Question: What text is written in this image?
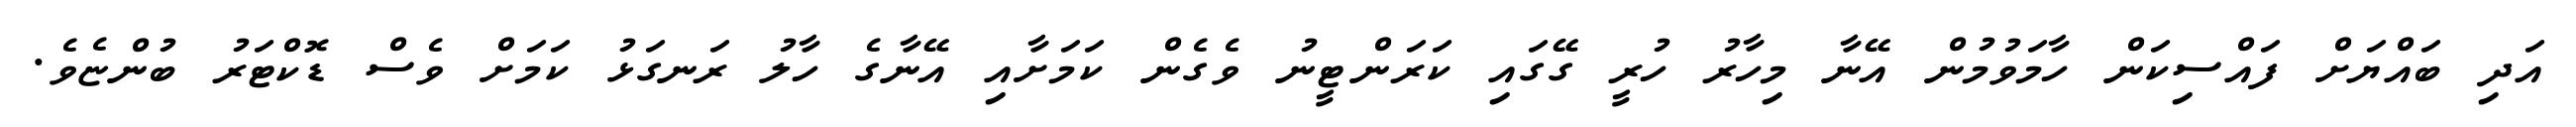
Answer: އަދި ބައްޔަށް ފައްސިކަން ހާމަވުމުން އޭނާ މިހާރު ހުރީ ގޭގައި ކަރަންޓީނު ވެގެން ކަމަށާއި އޭނާގެ ހާލު ރަނގަޅު ކަމަށް ވެސް ޑޮކްޓަރު ބުންޏެވެ.